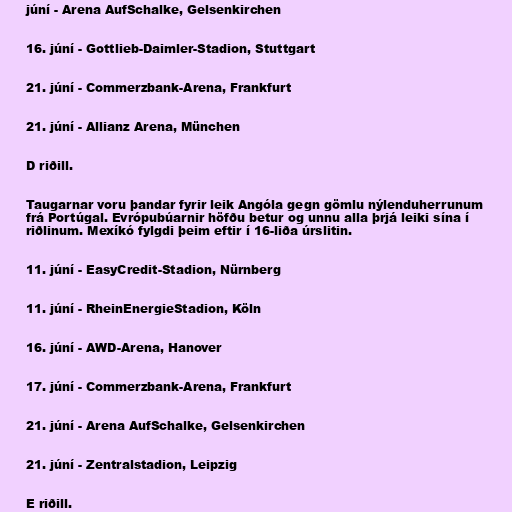
júní - Arena AufSchalke, Gelsenkirchen

16. júní - Gottlieb-Daimler-Stadion, Stuttgart

21. júní - Commerzbank-Arena, Frankfurt

21. júní - Allianz Arena, München

D riðill.

Taugarnar voru þandar fyrir leik Angóla gegn gömlu nýlenduherrunum
frá Portúgal. Evrópubúarnir höfðu betur og unnu alla þrjá leiki sína í
riðlinum. Mexíkó fylgdi þeim eftir í 16-liða úrslitin.

11. júní - EasyCredit-Stadion, Nürnberg

11. júní - RheinEnergieStadion, Köln

16. júní - AWD-Arena, Hanover

17. júní - Commerzbank-Arena, Frankfurt

21. júní - Arena AufSchalke, Gelsenkirchen

21. júní - Zentralstadion, Leipzig

E riðill.